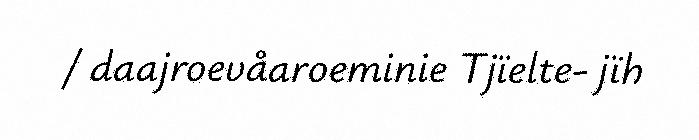
/ daajroevåaroeminie Tjïelte- jïh